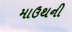
માઉથની